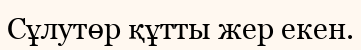
Сұлутөр құтты жер екен.